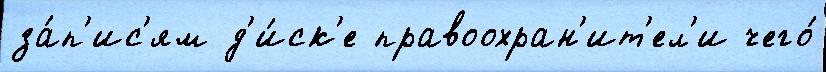
за́п'ис'ям д'и́ск'е правоохран'ит'ел'и чего́